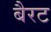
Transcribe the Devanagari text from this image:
बैरट